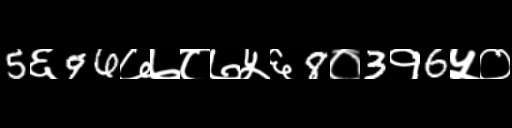
Text: 5६96७७८७५६8०3१6५०